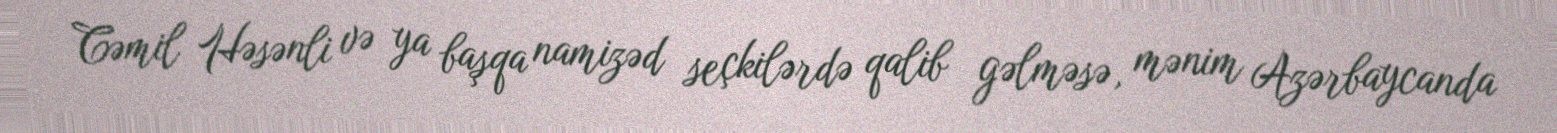
Cəmil Həsənli və ya başqa namizəd seçkilərdə qalib gəlməsə, mənim Azərbaycanda